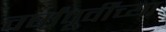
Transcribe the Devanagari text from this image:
वर्षांपूर्वींच्या